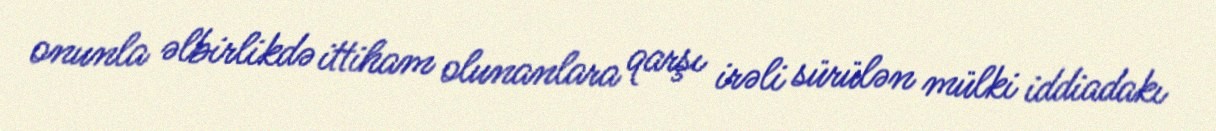
onunla əlbirlikdə ittiham olunanlara qarşı irəli sürülən mülki iddiadakı